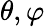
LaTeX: \theta,\varphi